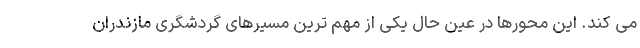
می کند. این محورها در عین حال یکی از مهم ترین مسیرهای گردشگری مازندران